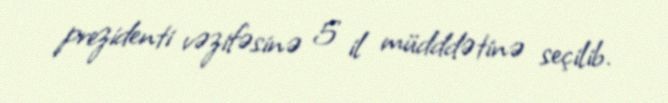
prezidenti vəzifəsinə 5 il müdddətinə seçilib.